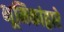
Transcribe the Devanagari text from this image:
भूमिकांद्वारे